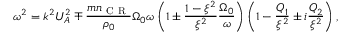
\omega ^ { 2 } = k ^ { 2 } U _ { A } ^ { 2 } \mp \frac { m n _ { \mathrm { ~ C ~ R ~ } } } { \rho _ { 0 } } \Omega _ { 0 } \omega \left( 1 \pm \frac { 1 - \xi ^ { 2 } } { \xi ^ { 2 } } \frac { \Omega _ { 0 } } { \omega } \right) \left( 1 - \frac { Q _ { 1 } } { \xi ^ { 2 } } \pm i \frac { Q _ { 2 } } { \xi ^ { 2 } } \right) ,